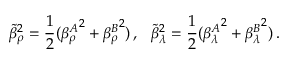
\tilde { \beta } _ { \rho } ^ { 2 } = \frac { 1 } { 2 } ( { \beta _ { \rho } ^ { A } } ^ { 2 } + { \beta _ { \rho } ^ { B } } ^ { 2 } ) \, , \ \ \tilde { \beta } _ { \lambda } ^ { 2 } = \frac { 1 } { 2 } ( { \beta _ { \lambda } ^ { A } } ^ { 2 } + { \beta _ { \lambda } ^ { B } } ^ { 2 } ) \, .